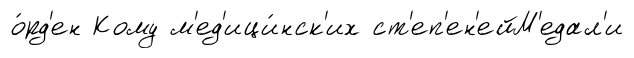
о́рд'ен Кому м'ед'ици́нск'их ст'еп'ен'ейМ'едал'и